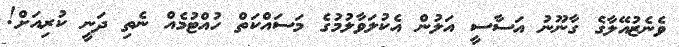
ވެނެޒުއޭލާގެ ގާނޫނު އަސާސީ އަލުން އެކުލަވާލުމުގެ މަސައްކަތް ހުއްޓުމެއް ނެތި ދަނީ ކުރިއަށް!